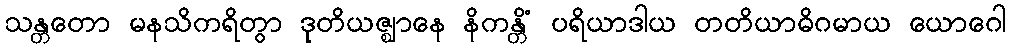
သန္တတော မနသိကရိတွာ ဒုတိယဇ္ဈာနေ နိကန္တိံ ပရိယာဒါယ တတိယာဓိဂမာယ ယောဂေါ